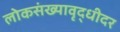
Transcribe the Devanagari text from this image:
लोकसंख्यावृद्धीदर